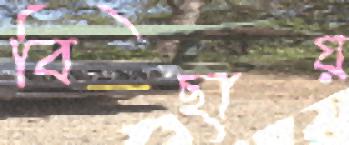
বিছায়